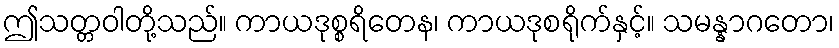
ဤသတ္တဝါတို့သည်။ ကာယဒုစ္စရိတေန၊ ကာယဒုစရိုက်နှင့်။ သမန္နာဂတော၊